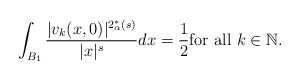
\begin{align*} \int_{B_1} \frac{|v_k(x,0)|^ {2_{\alpha}^*(s)}}{|x|^s} dx = \frac{1}{2} \hbox{for all $k \in \mathbb{N}$. }\end{align*}